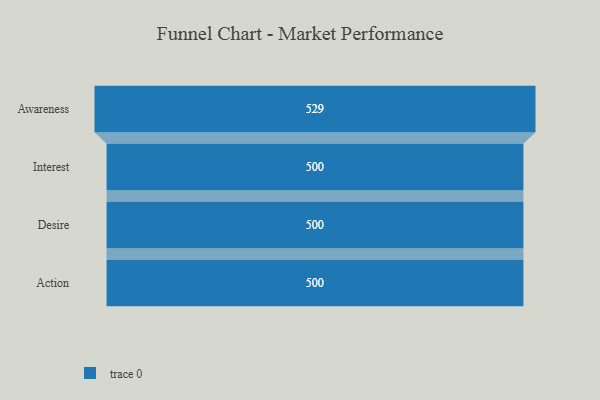
{"axis": {"x": "Stage", "y": "Value"}, "legend": [""], "data": [{"x": "Awareness", "y": 529.0, "type": ""}, {"x": "Interest", "y": 500, "type": ""}, {"x": "Desire", "y": 500, "type": ""}, {"x": "Action", "y": 500, "type": ""}]}